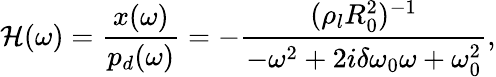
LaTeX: \mathcal{H}(\omega)=\frac{x(\omega)}{p_{d}(\omega)}=-\frac{(\rho_{l}R_{0}^{2})^{-1}}{-\omega^{2}+2i\delta\omega_{0}\omega+\omega_{0}^{2}},